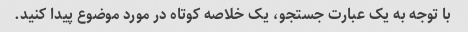
با توجه به یک عبارت جستجو، یک خلاصه کوتاه در مورد موضوع پیدا کنید.